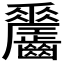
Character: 𪙼